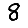
Digit: 8